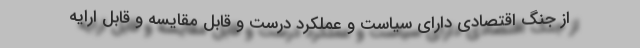
از جنگ اقتصادی دارای سیاست و عملکرد درست و قابل مقایسه و قابل ارایه